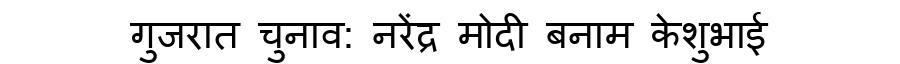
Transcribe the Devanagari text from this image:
गुजरात चुनाव: नरेंद्र मोदी बनाम केशुभाई